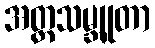
အတ္တသမ္ဘူတာ